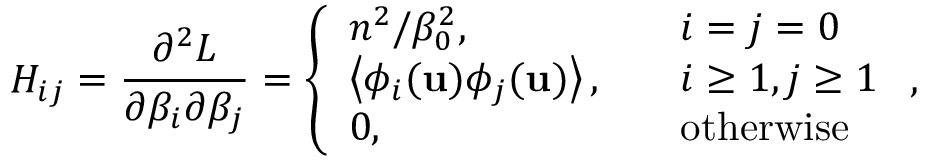
H _ { i j } = \frac { \partial ^ { 2 } L } { \partial \beta _ { i } \partial \beta _ { j } } = \left\{ \begin{array} { l l } { n ^ { 2 } / \beta _ { 0 } ^ { 2 } , \quad } & { i = j = 0 } \\ { \left< \phi _ { i } ( \mathbf { u } ) \phi _ { j } ( \mathbf { u } ) \right> , \quad } & { i \ge 1 , j \ge 1 } \\ { 0 , \quad } & { \mathrm { o t h e r w i s e } } \end{array} \right. ,